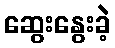
ဆွေးနွေးခဲ့